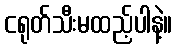
ငရုတ်သီးမထည့်ပါနဲ့။